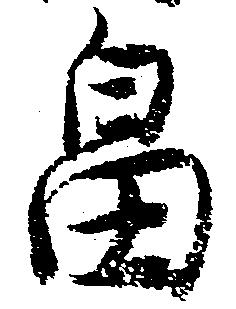
畠